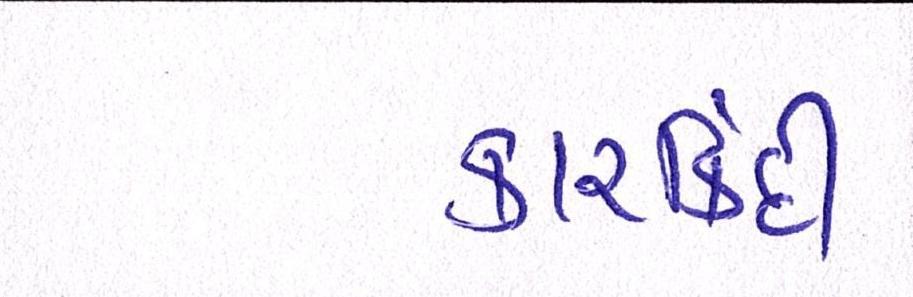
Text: કારર્કિદી